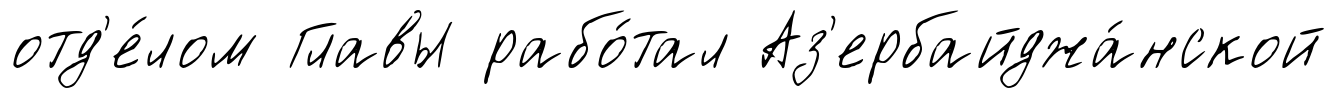
отд'е́лом Главы рабо́тал Аз'ербайджа́нской